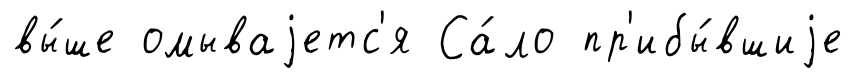
вы́ше омываjетс'я Са́ло пр'ибы́вшиjе